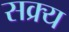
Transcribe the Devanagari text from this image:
सक्र्य